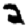
Digit: 2